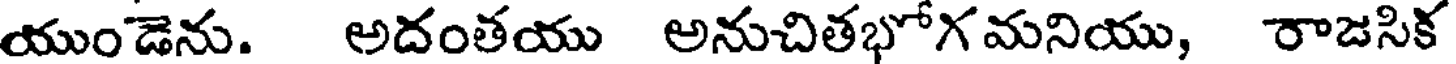
యుండెను. అదంతయు అనుచితభోగమనియు, రాజసిక